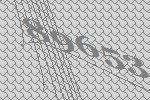
89653